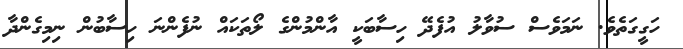
ހަގީގަތެވެ. ނަމަވެސް ސުވާލު އުފެދޭ ހިސާބަކީ އާންމުންގެ ލޯތަކައް ނުފެންނަ ހިސާބުން ނިމިގެންދާ